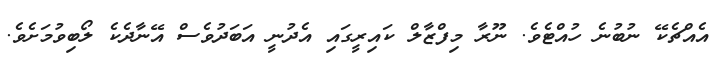
އެއްޗެކޭ ނުބުނެ ހުއްޓެވެ. ނޫރާ މިފްޒާލް ކައިރީގައި އެދުނީ އަބަދުވެސް އޭނާދެކެ ލޯބިވުމަށެވެ.